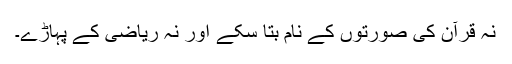
نہ قرآن کی صورتوں کے نام بتا سکے اور نہ ریاضی کے پہاڑے۔